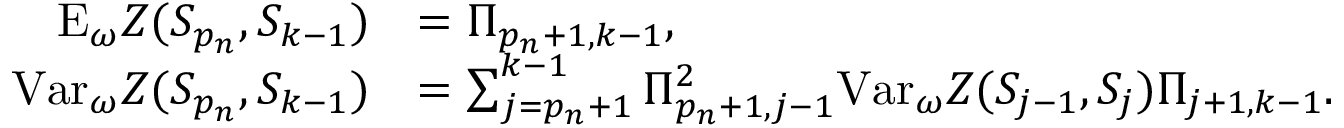
\begin{array} { r l } { \mathrm { E } _ { \omega } Z ( S _ { p _ { n } } , S _ { k - 1 } ) } & { = \Pi _ { p _ { n } + 1 , k - 1 } , } \\ { \mathrm { V a r } _ { \omega } Z ( S _ { p _ { n } } , S _ { k - 1 } ) } & { = \sum _ { j = p _ { n } + 1 } ^ { k - 1 } \Pi _ { p _ { n } + 1 , j - 1 } ^ { 2 } \mathrm { V a r } _ { \omega } Z ( S _ { j - 1 } , S _ { j } ) \Pi _ { j + 1 , k - 1 } . } \end{array}